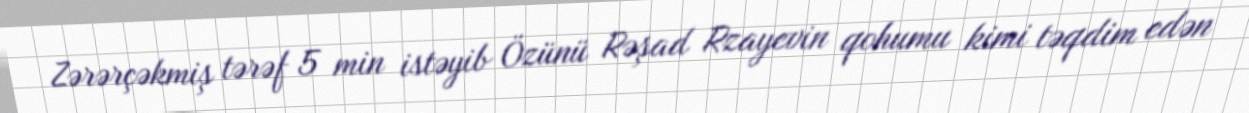
Zərərçəkmiş tərəf 5 min istəyib Özünü Rəşad Rzayevin qohumu kimi təqdim edən